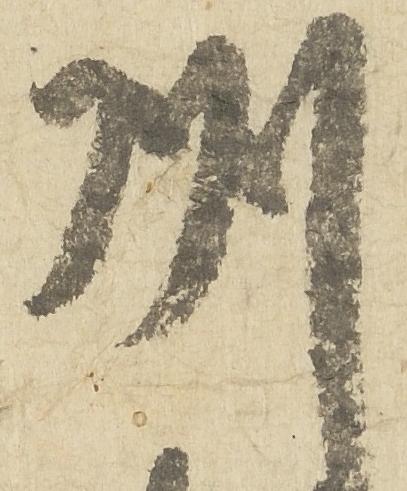
州